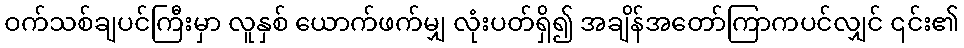
ဝက်သစ်ချပင်ကြီးမှာ လူနှစ် ယောက်ဖက်မျှ လုံးပတ်ရှိ၍ အချိန်အတော်ကြာကပင်လျှင် ၎င်း၏